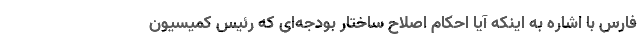
فارس با اشاره به اینکه آیا احکام اصلاح ساختار بودجه‌ای که رئیس کمیسیون